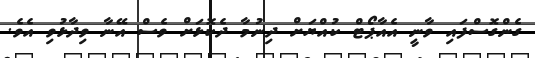
ގެންގޮސްފައި ވާނީ އެއާޕޯޓް ކުއްޔަށް ދިނުމާ ދެކޮޅަށް ވެސް އޭނާ ވިދާޅުވި އެވެ.